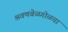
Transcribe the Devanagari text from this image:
श्रवणबेळगोळचा